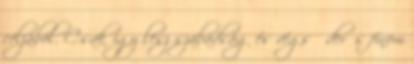
céljából. Csak így lesz szabadság és végső derűs finom